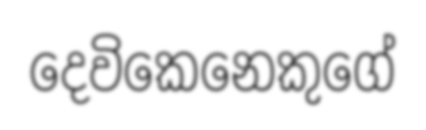
දෙවිකෙනෙකුගේ